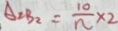
A _ { 2 } B _ { 2 } = \frac { 1 0 } { n } \times 2